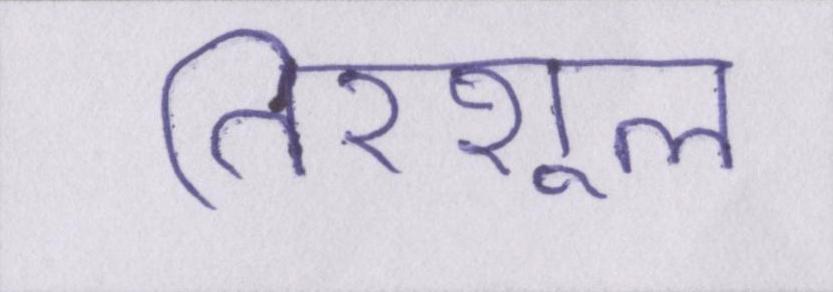
तिरशूल